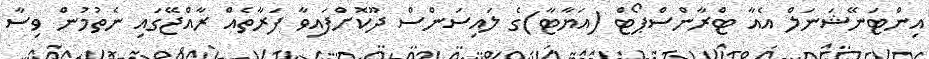
އިންޓަނޭޝަނަލް އެއާ ޓްރާންސްޕޯޓް (އަޔާޓާ)ގެ ލައިސަންސް ދޫކޮށްފައިވާ ފަރާތެއް ރާއްޖޭގައި ނެތުމުން ވިސާ